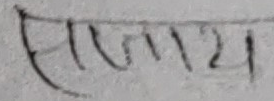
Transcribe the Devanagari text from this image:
सताय